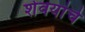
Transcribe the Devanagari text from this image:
शेवयांचे